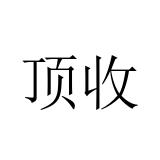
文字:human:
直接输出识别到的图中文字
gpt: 顶收